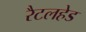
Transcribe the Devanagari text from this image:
रैटलहेड